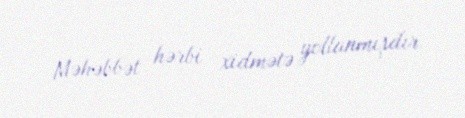
Məhəbbət hərbi xidmətə yollanmışdır.